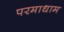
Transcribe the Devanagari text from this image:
परमाधाम